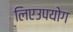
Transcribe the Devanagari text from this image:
लिएउपयोग